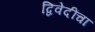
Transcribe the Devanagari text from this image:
द्विवेदींचा